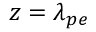
z = \lambda _ { p e }